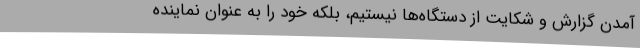
آمدن گزارش و شکایت از دستگاه‌ها نیستیم، بلکه خود را به عنوان نماینده